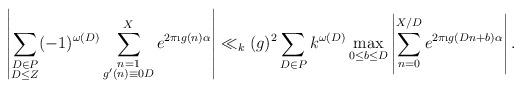
LaTeX: \begin{align*}\left|\sum_{\substack{D \in P \\ D\leq Z}} (-1)^{\omega(D)} \sum_{\substack{n=1 \\ g'(n) \equiv 0 D}}^X e^{2\pi \i g(n)\alpha} \right| &\ll_k (g)^2\sum_{D \in P} k^{\omega(D)} \max_{0\leq b \leq D}\left| \sum_{n=0}^{X/D} e^{2\pi \i g(Dn+b)\alpha}\right|. \end{align*}